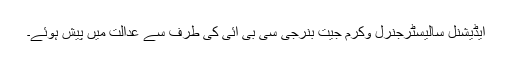
ایڈیشنل سالیسٹرجنرل وکرم جیت بنرجی سی بی آئی کی طرف سے عدالت میں پیش ہوئے۔